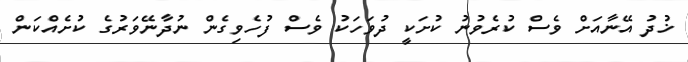
ޚުދު އޭނާއަށް ވެސް ކުރެވުނު ކުށަކީ ދުވަހަކު ވެސް ފުހެވިގެން ނުދާނޭވަރުގެ ކުށެއްކަން